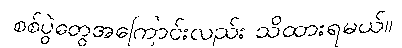
စစ်ပွဲတွေအကြောင်းလည်း သိထားရမယ်။